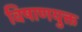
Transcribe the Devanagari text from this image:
विषाणयुक्त